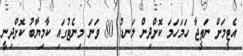
އެޓީމަށް ނަތީޖާ ހަމަހަމަ ކޮށްދިން ލަނޑު 80 ވަނަ މިނެޓުގައި ކާމިޔާބު ކޮށްދިނީ